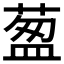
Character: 𦷐